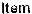
ITEM